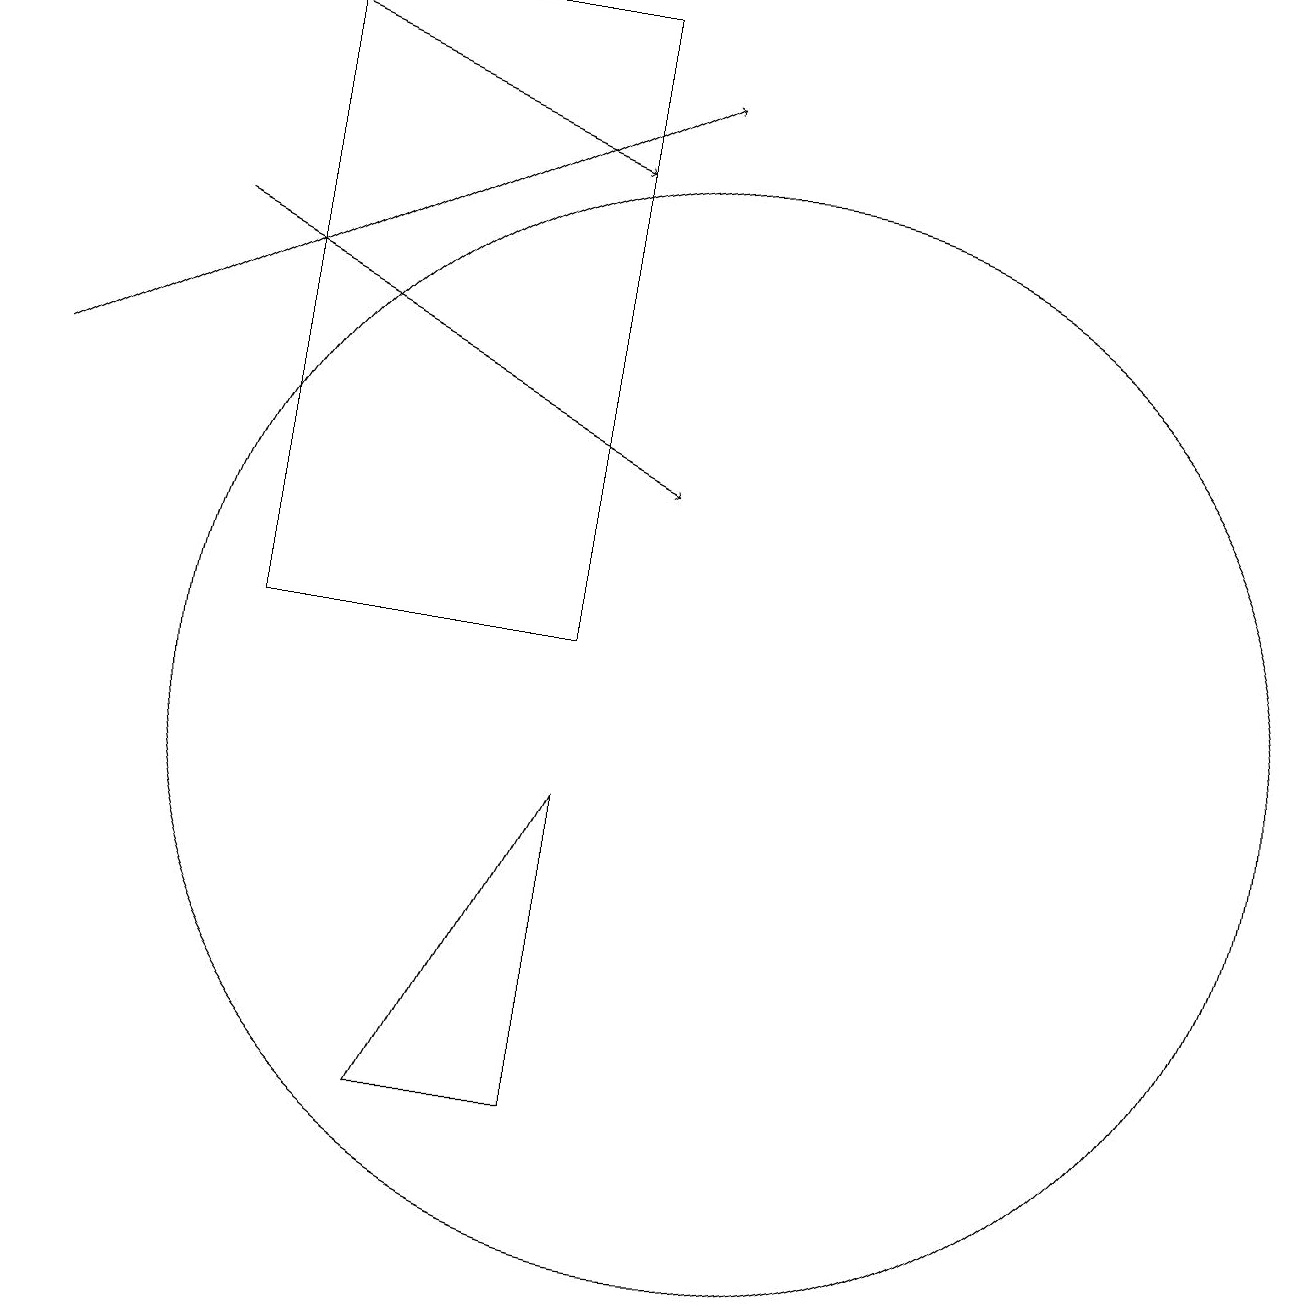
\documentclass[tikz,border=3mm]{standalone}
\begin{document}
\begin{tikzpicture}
\draw (10,11) circle (0);
\draw (8,5) -- (8,9) -- (6,5) -- cycle;
\draw[->] (3,19) -- (8,17);
\draw[->] (1,14) -- (9,18);
\draw (8,11) rectangle (4,19);
\draw (10,10) circle (7);
\draw[->] (3,16) -- (9,13);
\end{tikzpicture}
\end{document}